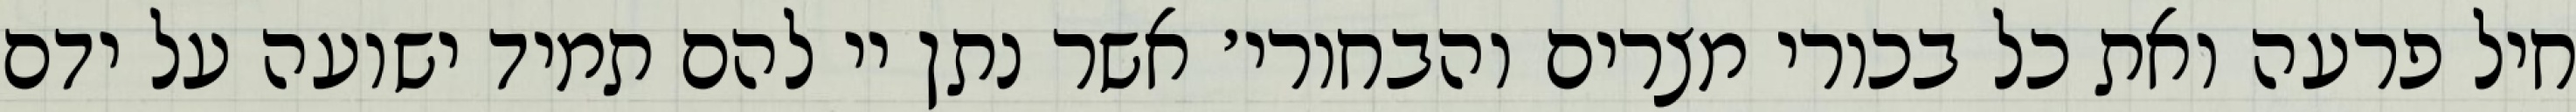
חיל פרעה ואת כל בכורי מצרים והבחורי׳ אשר נתן יי להם תמיד ישועה על ידם